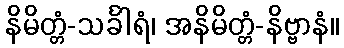
နိမိတ္တံ-သင်္ခါရံ၊ အနိမိတ္တံ-နိဗ္ဗာနံ။